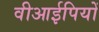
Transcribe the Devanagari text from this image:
वीआईपियों